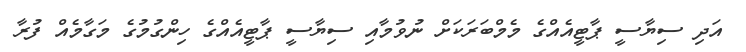
އަދި ސިޔާސީ ޕާޓީއެއްގެ މެމްބަރަކަށް ނުވުމާއި ސިޔާސީ ޕާޓީއެއްގެ ހިންގުމުގެ މަގާމެއް ފުރާ